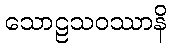
သောဠသဝဿာနိ